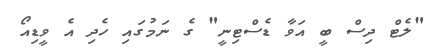
"ލެޓް ދިސް ބީ އަވާ ޑެސްޓިނީ" ގެ ނަމުގައި ހެދި އެ ވީޑިއޯ